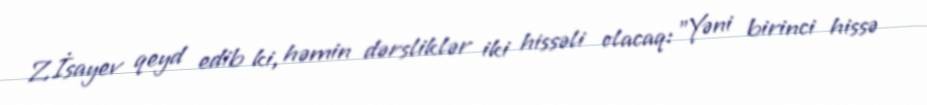
Z.İsayev qeyd edib ki, həmin dərsliklər iki hissəli olacaq: "Yəni birinci hissə